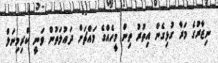
ނިޒާރުގެ މަރާ ގުޅިގެން އިތުރު ތިން މީހެއްގެ މައްޗަށް ދައުލަތުން ވަނީ ކްރިމިނަލް